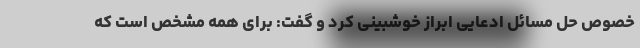
خصوص حل مسائل ادعایی ابراز خوشبینی کرد و گفت: برای همه مشخص است که